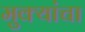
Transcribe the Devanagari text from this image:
मुक्यांचा